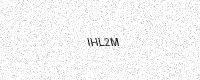
Text: IHL2M